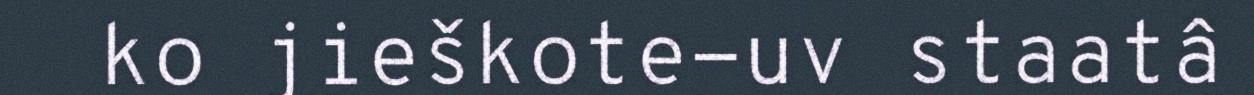
ko jieškote-uv staatâ